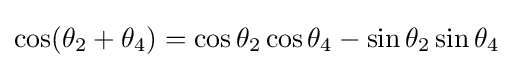
\cos(\theta _{2}+\theta _{4})=\cos \theta _{2}\cos \theta _{4}-\sin \theta _{2}\sin \theta _{4}